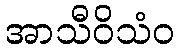
အာသီဝိသံဝ